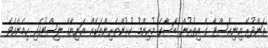
އަންދުރޭ އިނިއެސްޓާ ގެ އިތުރުން ބާސާގެ މުހިންމު ކުޅުންތެރިންތަކެއް އަނިޔާގެ ލިސްޓުގައި ހިމެނެއެވެ.